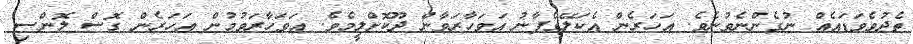
ތެދުވެވަޑައެއް ނުގެންނެވުނެވެ. އަހަރެން އެކަލޭގެފާނު އަވަހާރަވާން ދޫކޮށްލީމެވެ. އަވަހާރަވުމުން އަހަރެން ގޮސް ލޮންސި